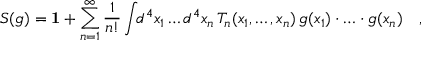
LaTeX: S ( g ) = { \bf 1 } + \sum _ { n = 1 } ^ { \infty } \frac { 1 } { n ! } \int \! \! d ^ { 4 } x _ { 1 } \ldots d ^ { 4 } x _ { n } \, T _ { n } ( x _ { 1 } , \ldots , x _ { n } ) \, g ( x _ { 1 } ) \cdot \ldots \cdot g ( x _ { n } ) \quad ,